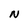
Character: N